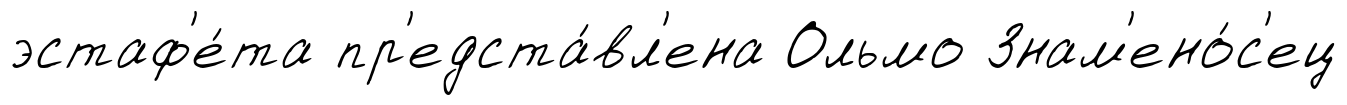
эстаф'е́та пр'едста́вл'ена Ольмо Знам'ено́с'ец